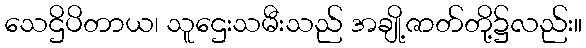
သေဌိပိတာယ၊ သူဌေးသမီးသည် အချို့ဇာတ်တို့၌လည်း။